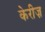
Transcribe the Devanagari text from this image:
केरीज़